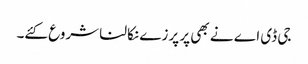
جی ڈی اے نے بھی پر پرزے نکالنا شروع کئے۔